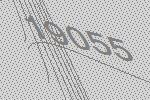
19055